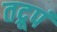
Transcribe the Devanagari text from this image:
तद्रूपं